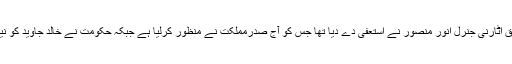
یاد رہے کہ گزشتہ روز پاکستان کے سابق اٹارنی جنرل انور منصور نے استعفیٰ دے دیا تھا جس کو آج صدرمملکت نے منظور کرلیا ہے جبکہ حکومت نے خالد جاوید کو نیا اٹارنی جنرل بنانے کا فیصلہ کر لیا ہے۔